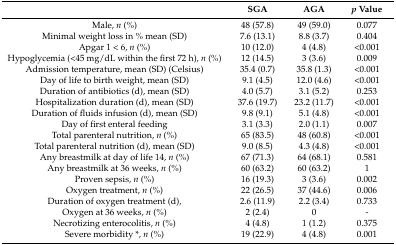
|  | SGA | AGA | p Value |
 | --- | --- | --- | --- |
 | Male, n (%) | 48 (57.8) | 49 (59.0) | 0.077 |
 | Minimal weight loss in % mean (SD) | 7.6 (13.1) | 8.8 (3.7) | 0.404 |
 | Apgar 1 < 6, n (%) | 10 (12.0) | 4 (4.8) | <0.001 |
 | Hypoglycemia (<45 mg/dL within the first 72 h), n (%) | 12 (14.5) | 3 (3.6) | 0.009 |
 | Admission temperature, mean (SD) (Celsius) | 35.4 (0.7) | 35.8 (1.3) | <0.001 |
 | Day of life to birth weight, mean (SD) | 9.1 (4.5) | 12.0 (4.6) | <0.001 |
 | Duration of antibiotics (d), mean (SD) | 4.0 (5.7) | 3.1 (5.2) | 0.253 |
 | Hospitalization duration (d), mean (SD) | 37.6 (19.7) | 23.2 (11.7) | <0.001 |
 | Duration of fluids infusion (d), mean (SD) | 9.8 (9.1) | 5.1 (4.8) | <0.001 |
 | Day of first enteral feeding | 3.1 (3.3) | 2.0 (1.1) | 0.007 |
 | Total parenteral nutrition, n (%) | 65 (83.5) | 48 (60.8) | <0.001 |
 | Total parenteral nutrition (d), mean (SD) | 9.0 (8.5) | 4.3 (4.8) | <0.001 |
 | Any breastmilk at day of life 14, n (%) | 67 (71.3) | 64 (68.1) | 0.581 |
 | Any breastmilk at 36 weeks, n (%) | 60 (63.2) | 60 (63.2) | 1 |
 | Proven sepsis, n (%) | 16 (19.3) | 3 (3.6) | 0.002 |
 | Oxygen treatment, n (%) | 22 (26.5) | 37 (44.6) | 0.006 |
 | Duration of oxygen treatment (d), | 2.6 (11.9) | 2.2 (3.4) | 0.733 |
 | Oxygen at 36 weeks, n (%) | 2 (2.4) | 0 | - |
 | Necrotizing enterocolitis, n (%) | 4 (4.8) | 1 (1.2) | 0.375 |
 | Severe morbidity *, n (%) | 19 (22.9) | 4 (4.8) | 0.001 |